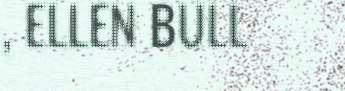
, ELLEN BULL